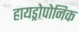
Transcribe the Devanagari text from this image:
हायड्रोपोनिक